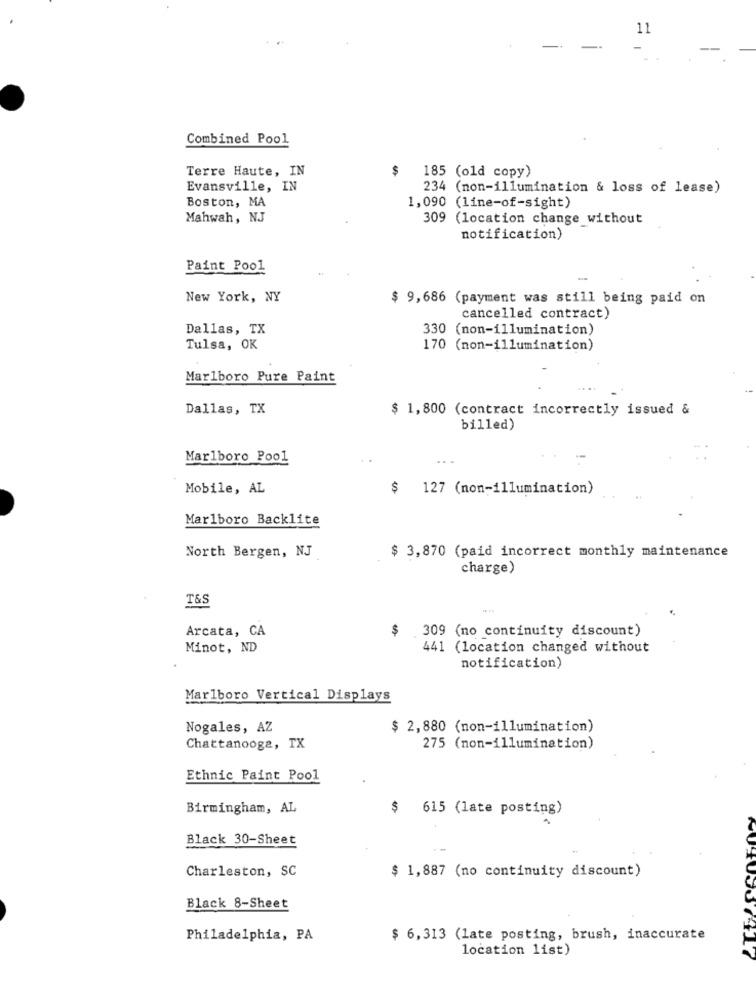
11
Combined Pool
Terre Haute, IN
$ 185 (old copy)
Evansville, IN
234 (non-illumination & loss of lease)
Boston, MA
1,090 (line-of-sight)
Mahwah, NJ
309 (location change without
notification)
Paint Pool
-
New York, NY
$ 9,686 (payment was still being paid on
cancelled contract)
Dallas, TX
330 (non-illumination)
Tulsa, OK
170 (non-illumination)
Marlboro Pure Paint
Dallas, TX
$ 1,800 (contract incorrectly issued &
billed)
Marlboro Pool
Mobile, AL
127 (non-illumination)
Marlboro Backlite
North Bergen, NJ
$ 3,870 (paid incorrect monthly maintenance
charge)
T&S
Arcata, CA
$ 309 (no continuity discount)
Minot, ND
441 (location changed without
notification)
Marlboro Vertical Displays
Nogales, AZ
$ 2,880 (non-illumination)
Chattanooga, TX
275 (non-illumination)
Ethnic Paint Pool
Birmingham, AL
615 (late posting)
Black 30-Sheet
--
Charleston, SC
$ 1,887 (no continuity discount)
Black 8-Sheet
Philadelphia, PA
$ 6,313 (late posting, brush, inaccurate
location list)
BUTUS7417